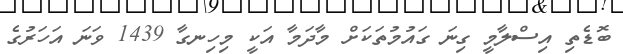
ބޮޑެތި އިސްލާމީ ގިނަ ގައުމުތަކަށް މާދަމާ އަކީ މިހިނގާ 1439 ވަނަ އަހަރުގެ